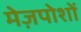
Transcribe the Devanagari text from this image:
मेज़पोशों